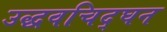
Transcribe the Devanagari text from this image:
उद्धवचिद्‌घन